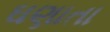
ઘણાતા